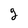
Character: g